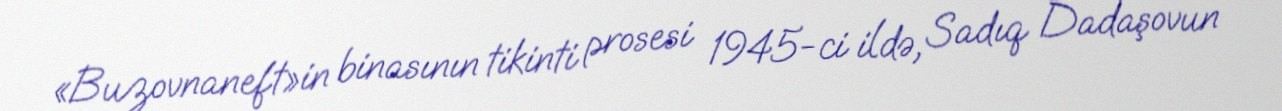
«Buzovnaneft»in binasının tikinti prosesi 1945-ci ildə, Sadıq Dadaşovun